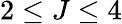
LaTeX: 2\leq J\leq 4